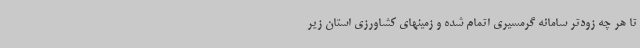
تا هر چه زودتر سامانه گرمسیری اتمام شده و زمینهای کشاورزی استان زیر